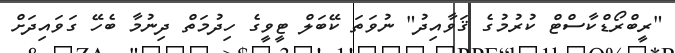
"ރީބްރޯޑްކާސްޓް ކުރުމުގެ ޤަވާއިދު" ނުވަތަ ކޭބަލް ޓީވީގެ ހިދުމަތް ދިނުމާ ބެހޭ ގަވައިދަށް